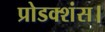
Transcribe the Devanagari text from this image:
प्रोडक्शंस।